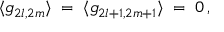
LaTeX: \langle g _ { 2 l , 2 m } \rangle \; = \; \langle g _ { 2 l + 1 , 2 m + 1 } \rangle \; = \; 0 \, ,